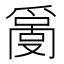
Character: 𤔬